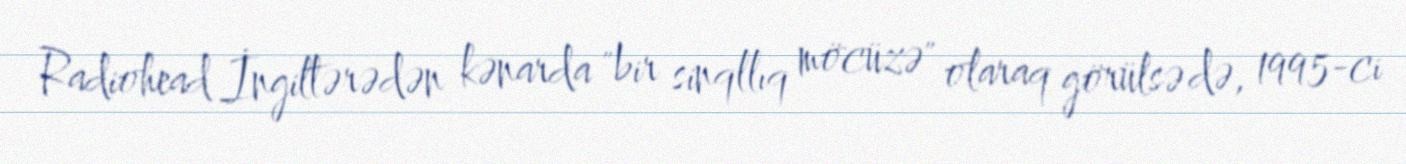
Radiohead İngiltərədən kənarda "bir sinqllıq möcüzə" olaraq görülsə də, 1995-ci